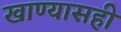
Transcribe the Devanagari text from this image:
खाण्यासही